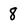
Character: 8